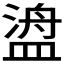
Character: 𬐯